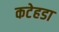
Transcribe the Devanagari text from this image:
कटेहडा